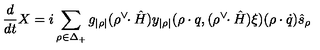
{ \frac { d } { d t } } X = i \sum _ { \rho \in \Delta _ { + } } g _ { | \rho | } ( \rho ^ { \vee } \! \! \cdot \hat { H } ) y _ { | \rho | } ( \rho \cdot q , ( \rho ^ { \vee } \! \! \cdot \hat { H } ) \xi ) ( \rho \cdot \dot { q } ) \hat { s } _ { \rho }